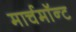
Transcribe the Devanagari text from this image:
मार्चमाॅन्ट